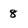
Character: 8